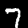
Digit: 7